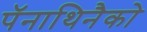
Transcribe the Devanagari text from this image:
पॅनाथिनैको